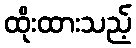
ထိုးထားသည့်